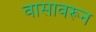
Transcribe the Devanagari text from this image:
वासावरून